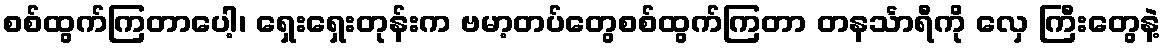
စစ်ထွက်ကြတာပေါ့၊ ရှေးရှေးတုန်းက ဗမာ့တပ်တွေစစ်ထွက်ကြတာ တနင်္သာရီကို လှေ ကြီးတွေနဲ့